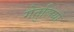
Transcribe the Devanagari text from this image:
गेतुलियो